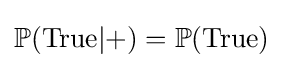
\mathbb {P} ({\text{True}}|+)=\mathbb {P} ({\text{True}})